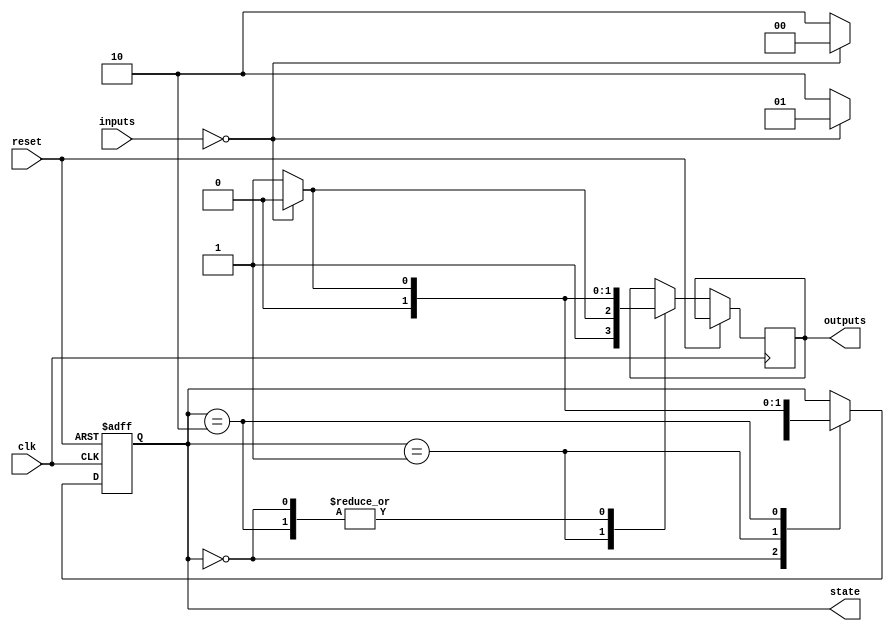
module Moore_State_Machine (
    input clk,
    input reset,
    input [1:0] inputs,
    output reg [1:0] state,
    output reg [1:0] outputs
);

// Define states
parameter STATE_A = 2'b00;
parameter STATE_B = 2'b01;
parameter STATE_C = 2'b10;

// Define outputs based on states
always @ (posedge clk or posedge reset)
begin
    if (reset)
        state <= STATE_A;
    else
    begin
        case(state)
            STATE_A: begin
                if (inputs == 2'b00)
                begin
                    state <= STATE_B;
                    outputs <= 2'b00;
                end 
                else
                begin
                    state <= STATE_C;
                    outputs <= 2'b01;
                end
            end
            STATE_B: begin
                if (inputs == 2'b00)
                begin
                    state <= STATE_A;
                    outputs <= 2'b10;
                end 
                else
                begin
                    state <= STATE_C;
                    outputs <= 2'b11;
                end
            end
            STATE_C: begin
                if (inputs == 2'b00)
                begin
                    state <= STATE_A;
                    outputs <= 2'b00;
                end 
                else
                begin
                    state <= STATE_B;
                    outputs <= 2'b01;
                end
            end
        endcase
    end
end

endmodule